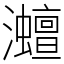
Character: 灗